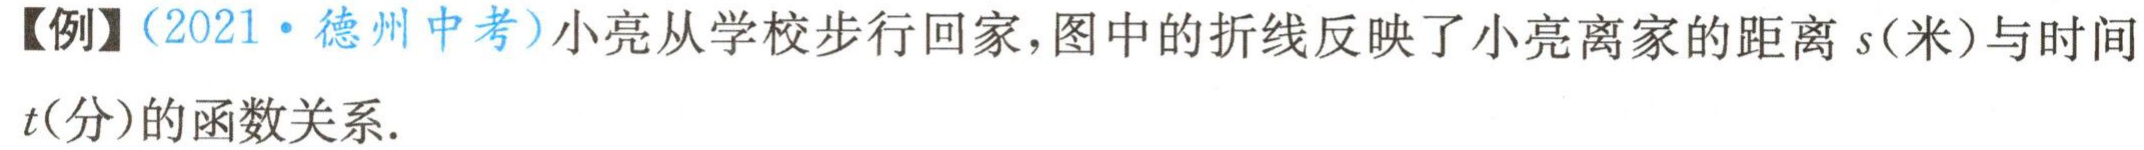
【例】（2021·德州中考）小亮从学校步行回家，图中的折线反映了小亮离家的距离\(s\)(米)与时间\(t\)(分)的函数关系.